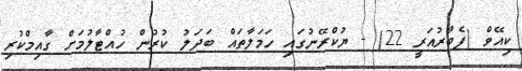
ކިއޭވް (ފެބްރުއަރީ 22) - ޔުކްރޭނުގައި ހަމަލާތައް ބަދަލު ކުރުން ހުއްޓާލުމަށް ގާއިމްކުރި